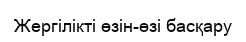
Жергілікті өзін-өзі басқару